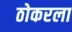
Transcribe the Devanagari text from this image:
ठोकरला